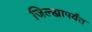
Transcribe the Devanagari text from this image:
जिल्ह्यापर्यंत